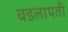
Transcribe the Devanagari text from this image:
वडलापती